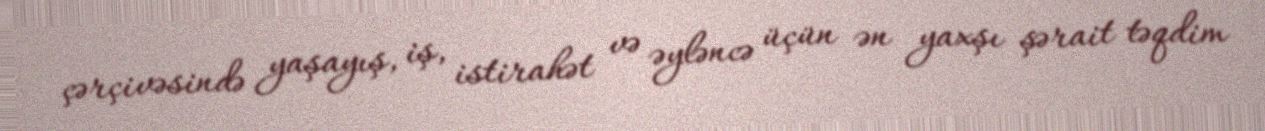
çərçivəsində yaşayış, iş, istirahət və əyləncə üçün ən yaxşı şərait təqdim